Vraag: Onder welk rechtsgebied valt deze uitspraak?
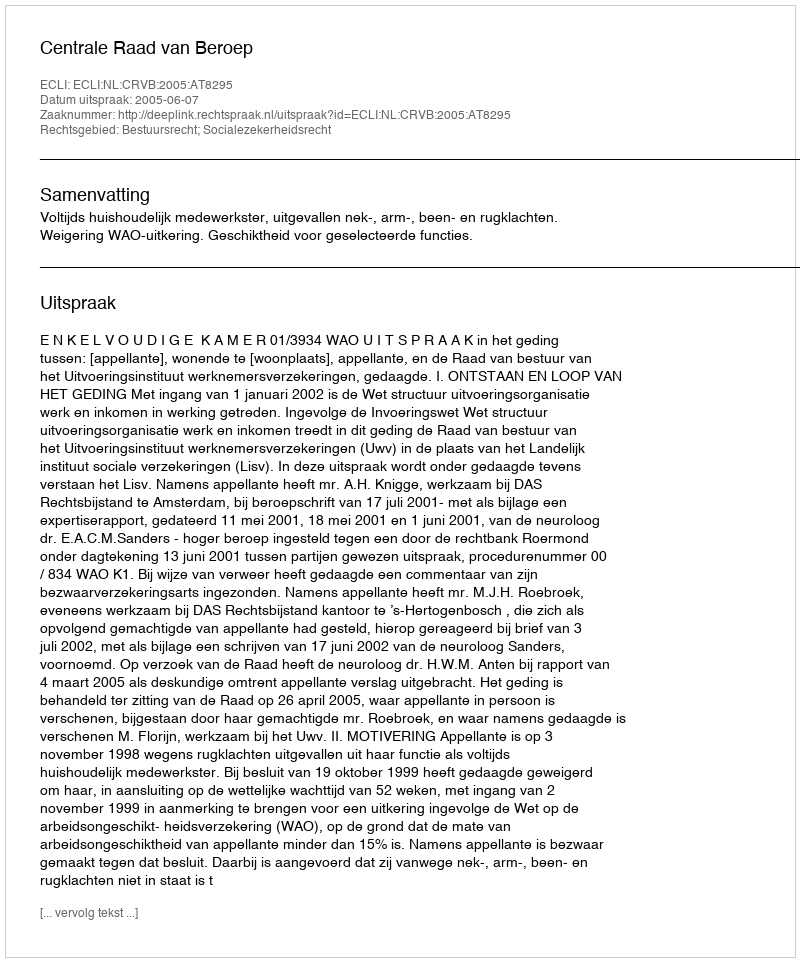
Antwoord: Bestuursrecht; Socialezekerheidsrecht